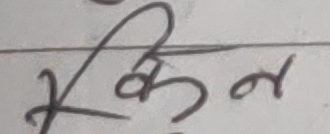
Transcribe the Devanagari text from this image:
किन